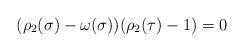
LaTeX: \begin{align*}(\rho_2(\sigma)-\omega(\sigma))(\rho_2(\tau)-1)=0\end{align*}